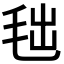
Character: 𣭑